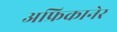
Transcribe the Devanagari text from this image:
अफ्रिकानेर